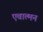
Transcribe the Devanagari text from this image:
एवात्मन